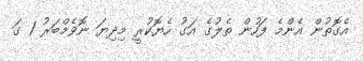
އެގޮތުން އެންމެ ފަހުން ތެލުގެ އަގު ހެޔޮކުރީ މިދިޔަ ނޮވެމްބަރު 1 ގަ